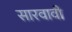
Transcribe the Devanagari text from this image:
सारवावी